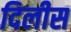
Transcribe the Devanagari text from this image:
दिलीस